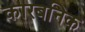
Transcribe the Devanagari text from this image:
कारबनिक